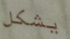
يشكل